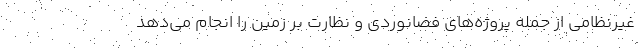
غیرنظامی از جمله پروژه‌های فضانوردی و نظارت بر زمین را انجام می‌دهد